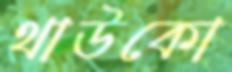
থাউকো